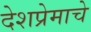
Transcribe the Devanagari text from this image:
देशप्रेमाचे